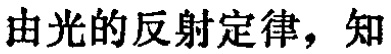
由光的反射定律，知